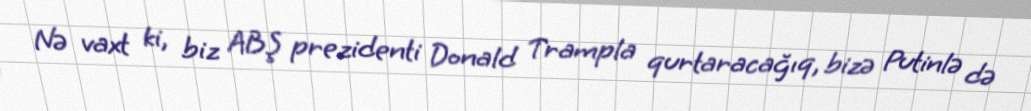
Nə vaxt ki, biz ABŞ prezidenti Donald Trampla qurtaracağıq, bizə Putinlə də